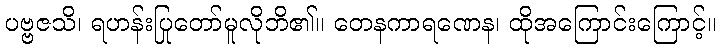
ပဗ္ဗဇသိ၊ ရဟန်းပြုတော်မူလိုဘိ၏။ တေနကာရဏေန၊ ထိုအကြောင်းကြောင့်။